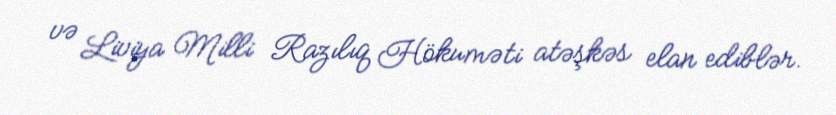
və Liviya Milli Razılıq Hökuməti atəşkəs elan ediblər.